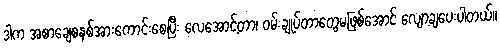
ဒါက အစာချေစနစ်အားကောင်းစေပြီး လေအောင့်တာ၊ ဝမ်းချုပ်တာတွေမဖြစ်အောင် လျော့ချပေးပါတယ်။